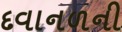
દવાનળની